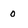
Character: 0